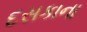
દસકાના